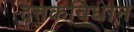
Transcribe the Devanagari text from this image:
दत्तकविधान